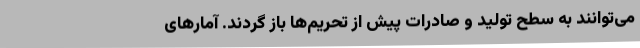
می‌توانند به سطح تولید و صادرات پیش از تحریم‌ها باز گردند. آمارهای